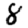
Digit: 8